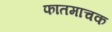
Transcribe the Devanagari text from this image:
फातमाचक